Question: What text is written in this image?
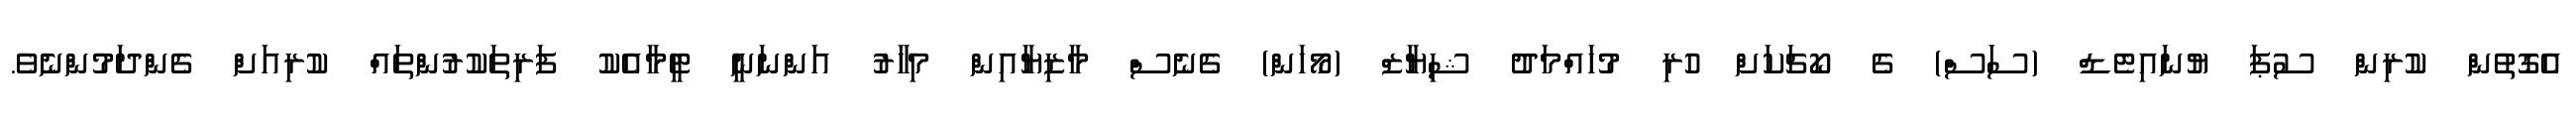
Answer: އެގޮތުން ކުރިން ސުޕަ ޔުނައިޓެޑް (ސަސް) ގެ ކޯޗަކަށް ހުރި މުހައްމަދު ޝިޔާޒް (މޯހަން) ގެނެސް މާޒިޔާއިން މިހާރު އަންނަނީ ޓީމާއެކު ފަރިތަކުރުންތައް ކުރިއަށް ގެންދަމުންނެވެ.